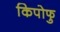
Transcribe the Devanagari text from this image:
किपोफु